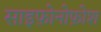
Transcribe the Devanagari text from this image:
साइफ़ोनोफ़ोश